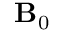
\mathbf { B } _ { 0 }